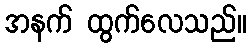
အနက် ထွက်လေသည်။